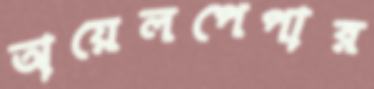
অয়েলপেপার